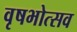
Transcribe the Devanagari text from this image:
वृषभोत्सव